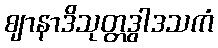
ဈာနာဒိသုတ္တဒွါဒသကံ